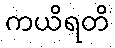
ကယိရတိ